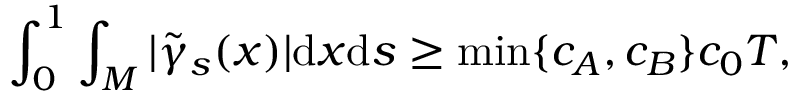
\int _ { 0 } ^ { 1 } \int _ { M } | \tilde { \gamma } _ { s } ( x ) | \mathrm { d } x \mathrm { d } s \geq \operatorname* { m i n } \{ c _ { A } , c _ { B } \} c _ { 0 } T ,